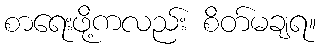
စာရေးဖို့ကလည်း စိတ်မချရ။